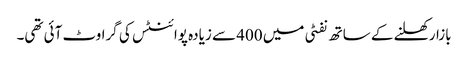
بازار کھلنے کے ساتھ نفٹی میں 400 سے زیادہ پوائنٹس کی گراوٹ آئی تھی۔